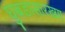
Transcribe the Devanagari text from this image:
घुबडासारख्या